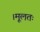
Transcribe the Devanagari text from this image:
।मूलतः